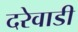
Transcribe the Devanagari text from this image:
दरेवाडी